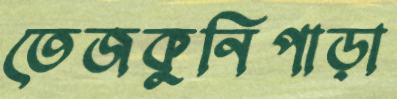
তেজকুনিপাড়া